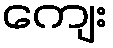
ကျေး